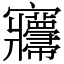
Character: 㝲